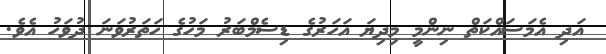
އަދި އެމަސައްކަތް ނިންމީ މިދިޔަ އަހަރުގެ ޑިސެމްބަރު މަހުގެ ހަތަރުވަނަ ދުވަހު އެވެ.